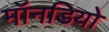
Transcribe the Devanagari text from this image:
मॉनडियो